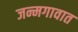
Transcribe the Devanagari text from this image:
जन्मगावात